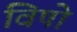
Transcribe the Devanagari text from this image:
विषो